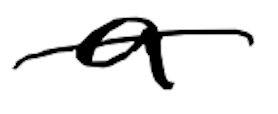
Text: a
Cross-out: single-line
Writing tool: digital_black